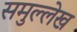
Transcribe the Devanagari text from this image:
समुल्लेख